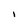
Character: I